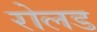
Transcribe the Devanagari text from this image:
रोलड